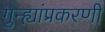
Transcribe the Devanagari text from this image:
गुन्ह्यांप्रकरणी